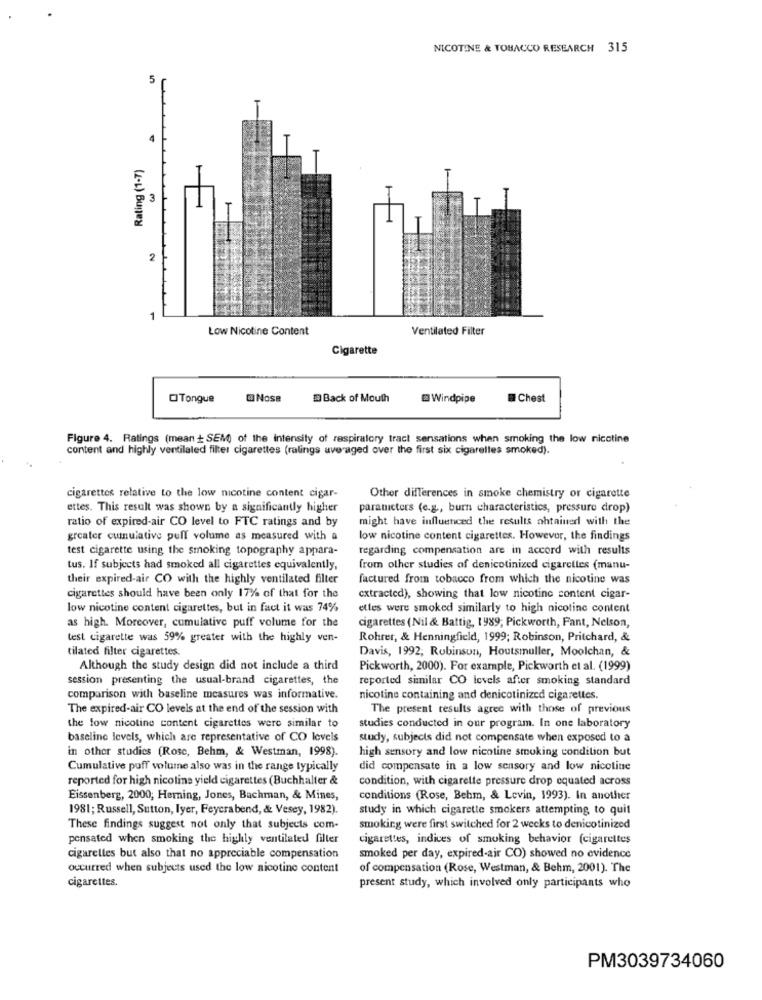
NICOTINE & TOBACCO RESEARCH 315
5
4
Rating (1-7)
2
1
Low Nicotine Content
Ventilated Filter
Cigarette
OTongue
QNOse
Back of Mouth
@ Windpipe
Chest
Figure 4. Ratings (mean + SEM) of the intensity of respiratory tract sensations when smoking the low nicotine
content and highly ventilaled filter cigarettes (ralings averaged over the first six cigarettes smoked).
cigarettes relative to the low nicotine content cigar-
Other differences in smoke chemistry or cigarette
ettes. This result was shown by a significantly higher
paranicters (c.g ., burn characteristics, pressure drop)
ratio of expired-air CO level to FTC ratings and by
might have influenced the results obtained with the
greater cumulative puff volume as measured with a
low nicotine content cigarettes. However, the findings
test cigarette using the smoking topography appara-
regarding compensation are in accord with results
tus. If subjects had smoked all cigarettes equivalently,
from other studies of denicotinized cigarettes (manu-
their expired-air CO with the highly ventilated filter
factured from tobacco from which the nicotine was
cigarettes should have been only 17%% of that for the
extracted), showing that low nicotine content cigar-
low nicotine content cigarettes, but in fact it was 74%
ettes were smoked similarly to high nicotine content
as high. Moreover, cumulative puff volume for the
cigarettes (Nil & Battig, 1989, Pickworth, Fant, Nelson,
test cigarette was 59% greater with the highly ven-
Rohrer, & Henningfield, 1999; Robinson, Pritchard, &
tilated filter cigarettes.
Davis, 1992, Robinson, Houtsmuller, Moolchan, &
Although the study design did not include a third
Pickworth, 2000). For example, Pickworth et al. (1999)
session presenting the usual-brand cigarettes, the
reported similar CO levels after smoking standard
comparison with baseline measures was informative.
nicotine containing and denicotinized cigarettes.
The expired-air CO levels at the end of the session with
The present results agree with those of previous
the fow nicotine content cigarettes were similar to
studies conducted in our program. In one laboratory
baseline levels, which are representative of CO levels
study, subjects did not compensate when exposed to a
in other studies (Rose, Behm, & Westman, 1998).
high sensory and low nicotine smoking condition but
Cumulative puff volume also was in the range typically
did compensate in a low sensory and low nicotine
reported for high nicotina yield cigarettes (Buchhalter &
condition, with cigarette pressure drop equated across
Eissenberg, 2000; Herning, Jones, Bachman, & Mines,
conditions (Rose, Behm, & Levin, 1993). In another
1981; Russell, Sutton, Iyer, Feyerabend, & Vesey, 1982).
study in which cigarette smokers attempting to quit
These findings suggest not only that subjects com-
smoking were first switched for 2 weeks to denicotinized
pensated when smoking the highly ventilated filter
cigarettes, indices of smoking behavior (cigarettes
cigarettes but also that no appreciable compensation
smoked per day, expired-air CO) showed no evidence
occurred when subjects used the low nicotine content
of compensation (Rose, Westman, & Behm, 2001). The
cigarettes.
present study, which involved only participants who
PM3039734060